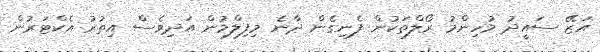
އަޒޭ ސައީދު މުހިންމު ރޯލްތަކުން ފެނިގެން ދާނެ މިފިލްމުން އަދިވެސް އިތުރު އެކްޓަރުން